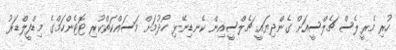
ހުރި މެރީލެސް ޗެލްސީއަށް ގެންދިޔައީ ޗެލްސީއިން ކެނޑިނޭޅި ހޯދުމަށް މަސައްކަތްކުރި ޓޮޓެންހަމްގެ މިޑްފީލްޑަރު